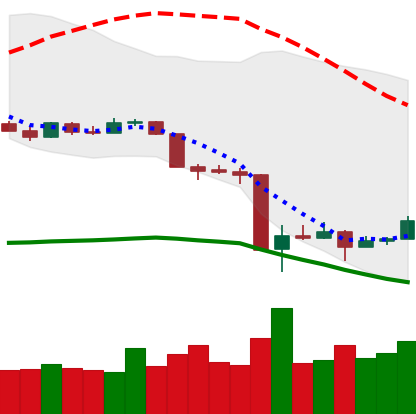
Ticker: XMR-USD
Chart end date: 2020-03-19
Forward return: 14.785%
Label: up_7plus